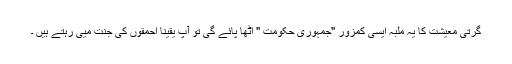
گرتی معیشت کا یہ ملبہ ایسی کمزور "جمہوری حکومت " اٹھا پائے گی تو آپ یقینا احمقوں کی جنت میی رہتے ہیں ۔